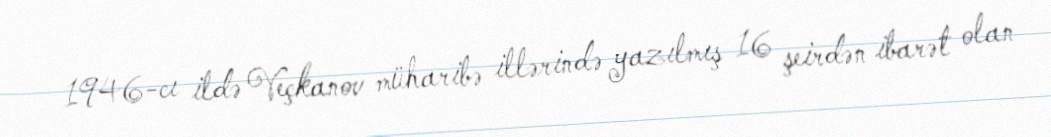
1946-cı ildə Veçkanov müharibə illərində yazılmış 16 şeirdən ibarət olan